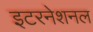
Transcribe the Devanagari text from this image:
इटरनेशनल